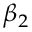
\beta _ { 2 }